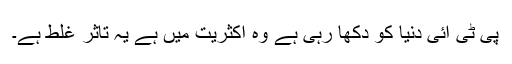
پی ٹی آئی دنیا کو دکھا رہی ہے وہ اکثریت میں ہے یہ تاثر غلط ہے۔